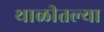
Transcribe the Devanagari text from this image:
थाळीतल्या